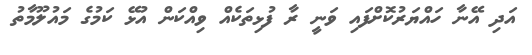
އަދި އޭނާ ހައްޔަރުކޮށްފައި ވަނީ ރާ ފުޅިތަކެއް ވިއްކަން އުޅޭ ކަމުގެ މައުލޫމާތު